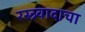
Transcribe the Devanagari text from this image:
रस्त्र्वादाचा